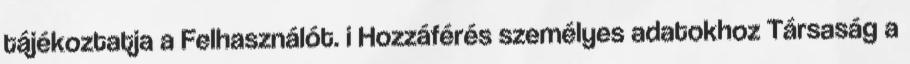
tájékoztatja a Felhasználót. i Hozzáférés személyes adatokhoz Társaság a